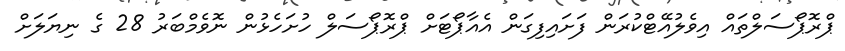
ޕްރޮޕޯސަލްތައް އިވެލުއޭޓްކުރަން ފަށައިފިގަން އެއާޕޯޓަށް ޕްރޮޕޯސަލް ހުށަހެޅުން ނޮވެމްބަރު 28 ގެ ނިޔަލަށް